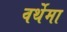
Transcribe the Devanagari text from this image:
वर्थेमा